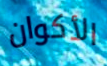
الأكوان